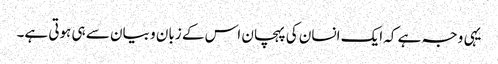
یہی وجہ ہے کہ ایک انسان کی پہچان اس کے زبان و بیان سے ہی ہوتی ہے۔